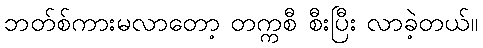
ဘတ်စ်ကားမလာတော့ တက္ကစီ စီးပြီး လာခဲ့တယ်။